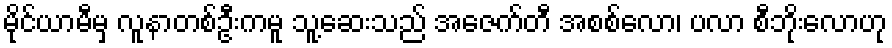
မိုင်ယာမီမှ လူနာတစ်ဦးကမူ သူ့ဆေးသည် အေဇက်တီ အစစ်လော၊ ပလာ စီဘိုးလောဟု